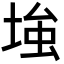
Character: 𡌺